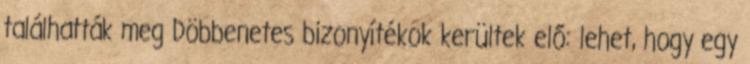
találhatták meg Döbbenetes bizonyítékok kerültek elő: lehet, hogy egy